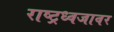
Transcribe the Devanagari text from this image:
राष्ट्रध्वजावर